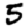
Digit: 5